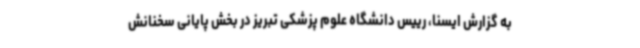
به گزارش ایسنا، رییس دانشگاه علوم پزشکی تبریز در بخش پایانی سخنانش